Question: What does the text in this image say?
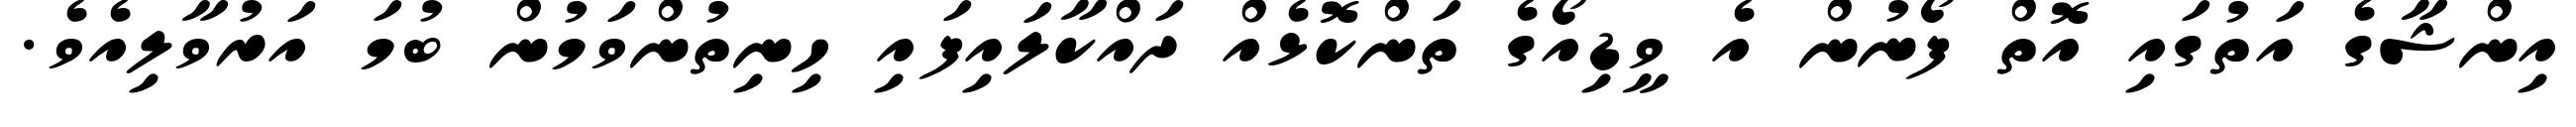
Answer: އިންޝާގެ އަތުގައި އޮތް ފޯނުން އެ ވީޑިއޯގެ ތަންކޮޅެއް ދައްކާލައިފައި ހިނިތުންވަމުން ބުމަ އަރުވާލިއެވެ.